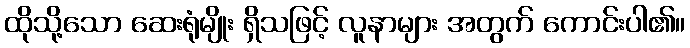
ထိုသို့သော ဆေးရုံမျိုး ရှိသဖြင့် လူနာများ အတွက် ကောင်းပါ၏။